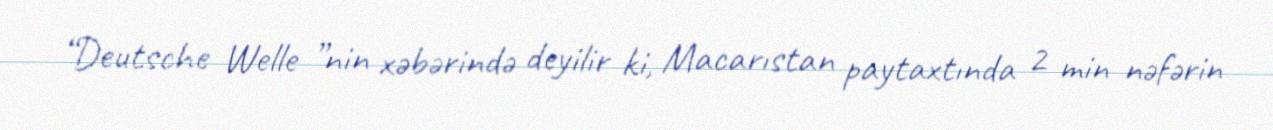
“Deutsche Welle ”nin xəbərində deyilir ki, Macarıstan paytaxtında 2 min nəfərin